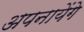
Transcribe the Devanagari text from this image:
अपनायेंगे